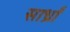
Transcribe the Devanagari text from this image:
सार्ध्रां